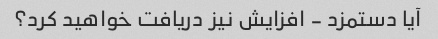
آیا دستمزد - افزایش نیز دریافت خواهید کرد؟